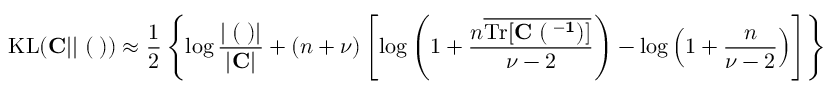
\mathrm { K L } ( { \bf C } | | { \bf \Xi } ( { \bf \Lambda } ) ) \approx \frac { 1 } { 2 } \left\{ \log \frac { | { \bf \Xi } ( { \bf \Lambda } ) | } { | { \bf C } | } + ( n + \nu ) \left[ \log \left( 1 + \frac { n \overline { { \mathrm { T r } [ \bf { C \Xi } ( { \bf \Lambda } ^ { - 1 } ) ] } } } { \nu - 2 } \right) - \log \left( 1 + \frac { n } { \nu - 2 } \right) \right] \right\}